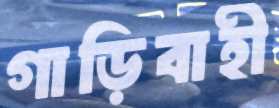
গাড়িবাহী